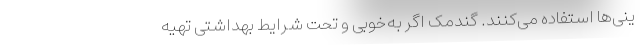
ینی‌ها استفاده می‌کنند. گندمک اگر به‌خوبی و تحت شرایط بهداشتی تهیه